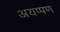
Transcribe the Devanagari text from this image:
अयप्पण